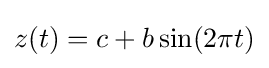
z(t)=c+b\sin(2\pi t)